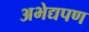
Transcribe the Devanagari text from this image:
अभेद्यपण